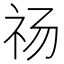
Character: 𰧰